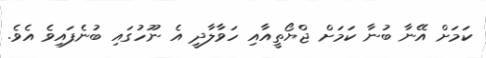
ކަމަށް އޭނާ ބުނާ ކަަމަށް ޖްޔޯތީއާއި ހަވާލާދީ އެ ނޫހުގައި ބުނެފައިވެ އެވެ.